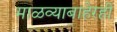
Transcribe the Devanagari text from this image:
माळव्याबाहेरही